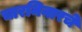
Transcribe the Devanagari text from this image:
चारमिनारचे